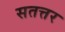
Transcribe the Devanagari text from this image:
सतत्तर